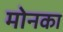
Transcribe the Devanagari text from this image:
मोनका